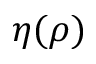
\eta ( \rho )